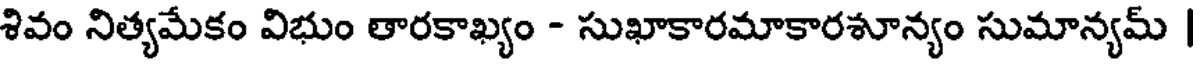
శివం నిత్యమేకం విభుం తారకాఖ్యం - సుఖాకారమాకారశూన్యం సుమాన్యమ్